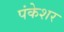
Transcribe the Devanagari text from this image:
पंकेशर